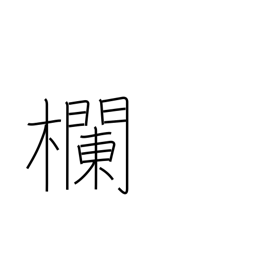
Meaning: blank